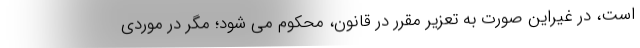
است، در غیراین صورت به تعزیر مقرر در قانون، محکوم می شود؛ مگر در موردی